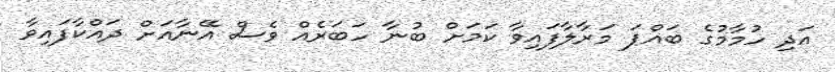
އަދި ހުމާމުގެ ބައްޕަ މަރާލާފައިވާ ކަމަށް ބުނާ ހަބަރެއް ވެސް އޭނާއަށް ދައްކާފައިވާ